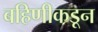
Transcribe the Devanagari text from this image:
बहिणीकडून